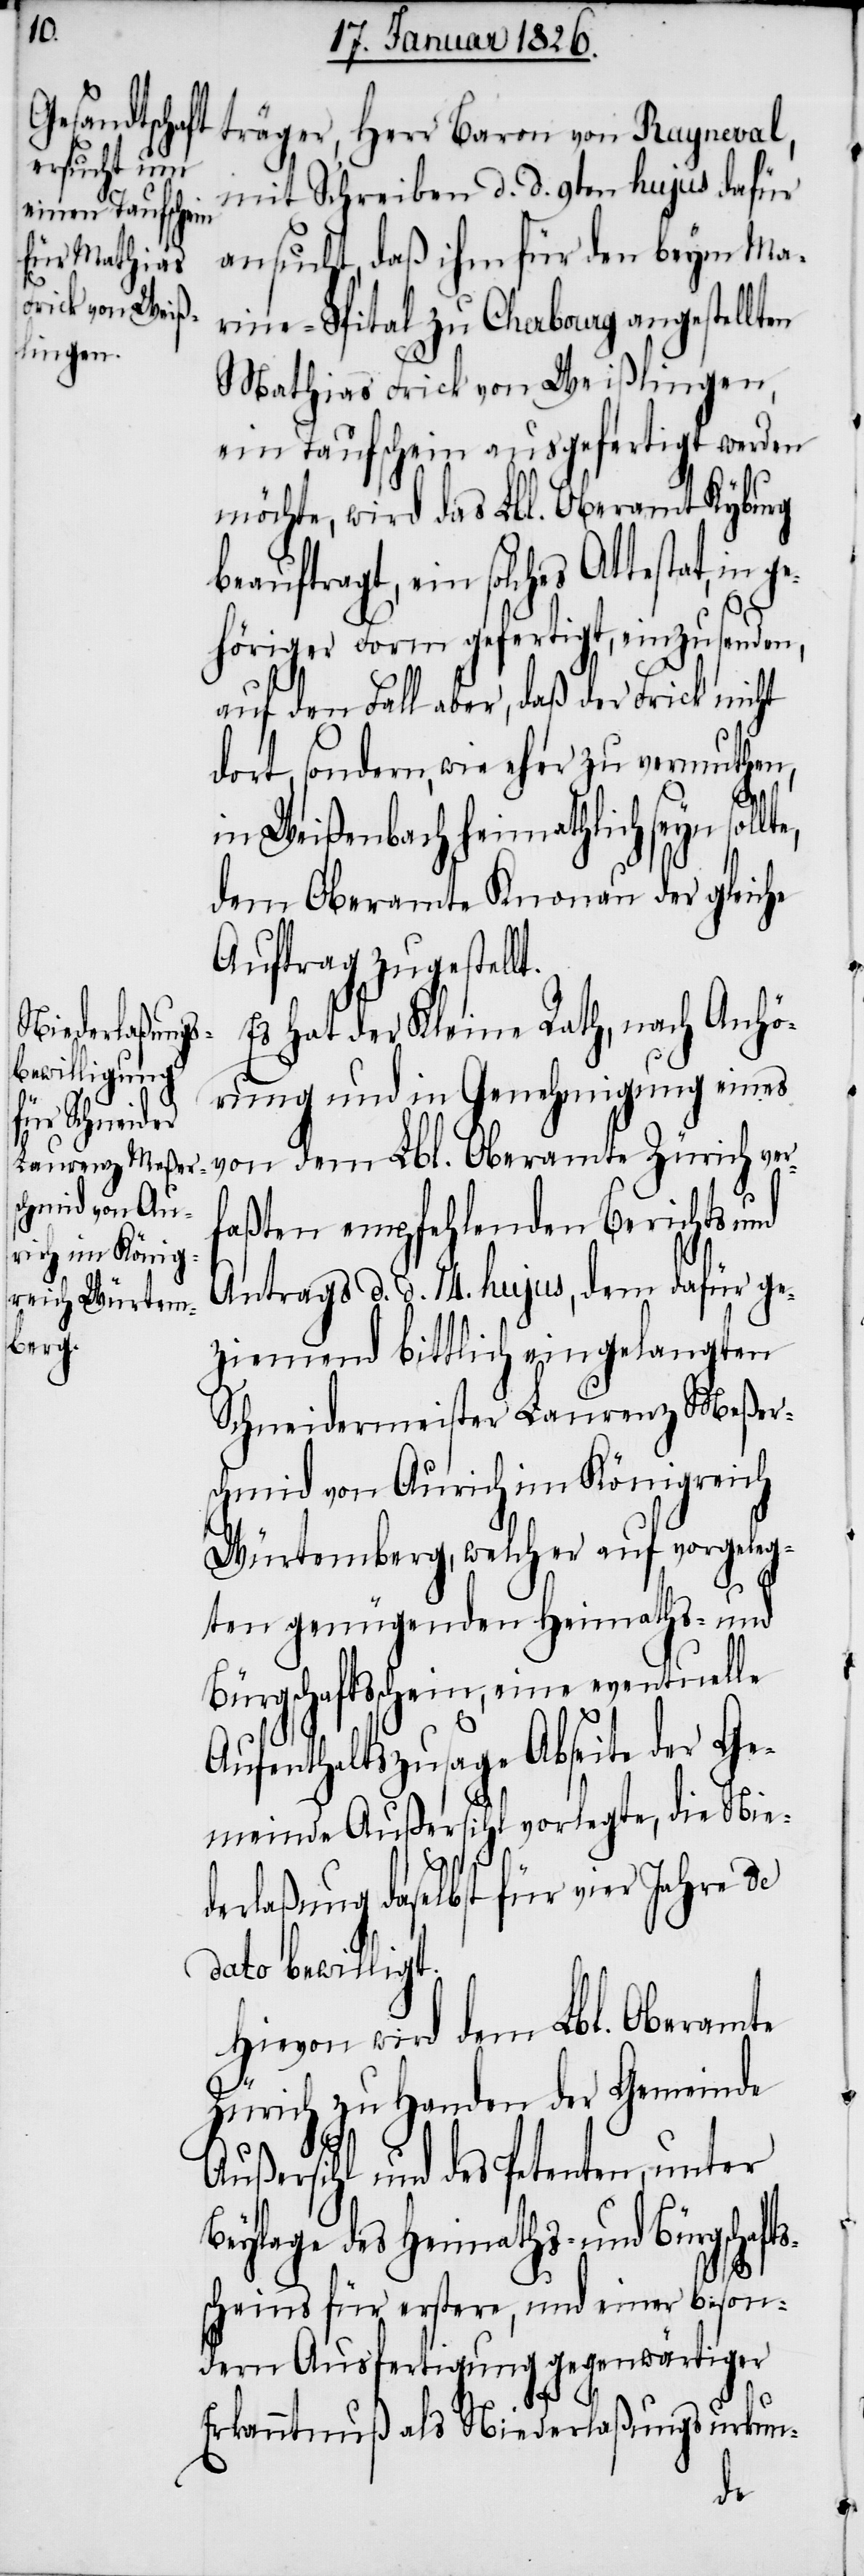
für letztern

träger, Herr Baron von Rayneval,
mit Schreiben d. d. 9ten hujus dafür
ansucht, daß ihm für den beym Ma¬
rine-Spital zu Cherbourg angestellten
Mathias Frick von Weißlingen,
ein Taufschein ausgefertigt werden
möchte, wird das Lbl. Oberamt Kyburg
beauftragt, diesen Ansäß auf
t.
höriger Form gefertigt, einzusenden,
auf den Fall aber, daß der Frick nicht
dort, sondern, wie eher zu vermuthen,
in Weißenbach heimatlich seyn soll¬
dem Oberamte Knonau der gleiche
Auftrag zugestell¬
Es hat der Kleine Rath, nach Anhö¬
rung und in Genehmigung eines
von dem Lbl. Oberamte Zürich ver¬
faßten empfehlenden Berichts und
Antrags d. d. 14. hujus, dem dafür ge¬
ziemend bittlich eingelangten
Schneidermeister Laurenz Meßer¬
schmid von Aurich im Königreich
Würtemberg, welcher auf vorgeleg¬
ten genügenden Heimaths- und
Bürgschaftsschein, eine eventuelle
Aufenthaltszusage Abseite der Ge¬
meinde Außersihl vorlegte, die Nie¬
derlaßung daselbst für vier Jahre de
dato bewilligt.
Hievon wird dem Lbl. Oberamte
Zürich zu Handen der Gemeinde
Außersihl und des Petenten, unter
Beylage des Heimaths- und Bürgschafts¬
scheins für erstere, und einer beson¬
dern Ausfertigung gegenwärtiger
Erkanntnuß als Niederlaßungsurkun-
dem